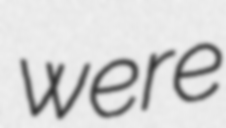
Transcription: were